Civil Veterinary Dept. Bombay admin report 1893-99 - 1893-1899
Year: 1893
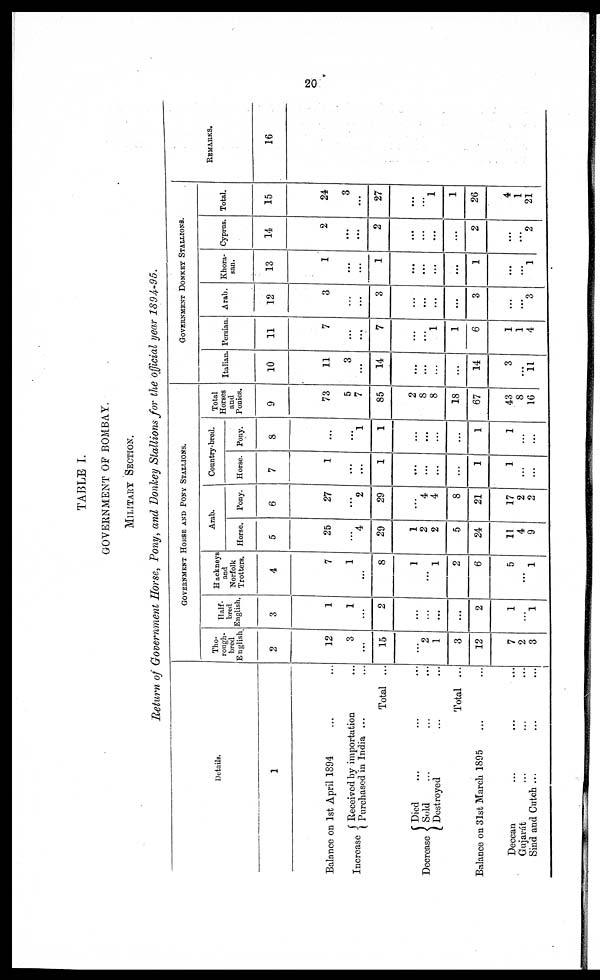
20
TABLE I.
GOVERNMENT OF BOMBAY.
MILITERY SECTION.
Return of Government Horse, Pony, and Donkey Stallions for the official year 1894-95.
Details.
1
Balance on 1st April 1894 ... ...
Increase
Decrease
Received by importation ...
Purchased in India ... ...
Total ...
Died ... ... ...
Sold ... ... ...
Destroyed ... ...
Total ...
Balance on 31st March 1895 ... ...
Deccan ... ... ...
Gujarat ... ... ...
Sind and Cutch ... ... ...
GOVERNMENT HORSE AND PONY STALLIONS.
Tho-
rough-
bred
English
2
12
3
...
15
...
2
1
3
12
7
2
3
Half-
bred
English
3
1
1
...
2
...
...
...
2
1
...
1
Hackney
and
Norfolk
Trotters.
4
7
1
...
8
1
...
1
2
6
5
...
1
Arab.
Horse.
5
25
...
4
29
1
2
2
5
24
11
4
9
Pony.
6
27
...
2
29
...
4
4
8
21
17
2
2
Country-bred.
Horse.
7
1
...
...
1
...
...
...
...
1
1
...
...
Pony.
8
...
...
1
1
...
...
...
...
1
1
...
...
Total
Horses
and
Ponies.
9
73
5
7
85
2
8
8
18
67
43
8
16
GOVERNMET DONKEY STALLIONS.
Italian
10
11
3
...
14
...
...
...
...
14
3
...
11
Persian
11
7
...
...
7
...
...
1
1
6
1
1
4
Arab.
12
3
...
...
3
...
...
...
...
3
...
...
3
Khora-
san.
13
1
...
...
1
...
...
...
...
1
...
...
1
Cyprus.
14
2
...
...
2
...
...
...
...
2
...
...
2
Total.
15
24
3
...
27
...
...
1
1
26
4
1
21
REMARKS.
16